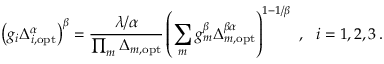
\left( g _ { i } \Delta _ { i , \mathrm { o p t } } ^ { \alpha } \right) ^ { \beta } = \frac { \lambda / \alpha } { \prod _ { m } \Delta _ { m , \mathrm { o p t } } } \left( \sum _ { m } g _ { m } ^ { \beta } \Delta _ { m , \mathrm { o p t } } ^ { \beta \alpha } \right) ^ { 1 - 1 / \beta } \ , \ \ i = 1 , 2 , 3 \, .